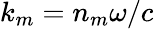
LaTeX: k_{m}=n_{m}\omega/c